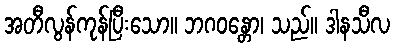
အတီလွန်ကုန်ပြီးသော။ ဘဂဝန္တော၊ သည်။ ဒါနသီလ